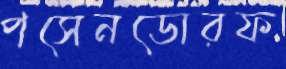
পসেনডোরফ